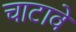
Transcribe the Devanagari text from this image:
चाटावे